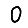
Digit: 0